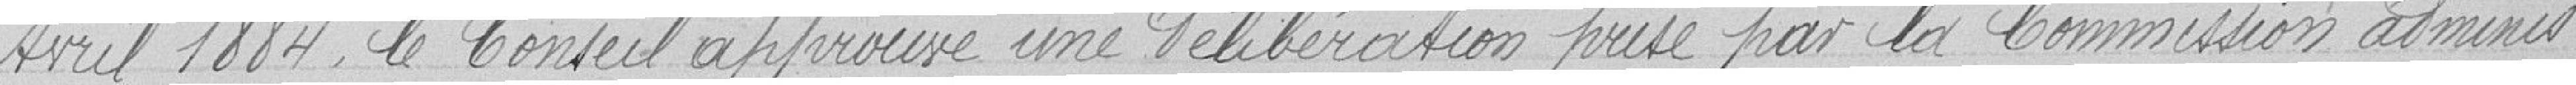
avril 1884, le Conseil approuve une délibération prise  par la Commission adminis-